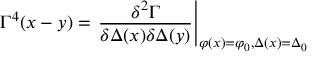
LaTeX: \Gamma ^ { 4 } ( x - y ) = \left. \frac { \delta ^ { 2 } \Gamma } { \delta \Delta ( x ) \delta \Delta ( y ) } \right| _ { \varphi ( x ) = \varphi _ { 0 } , \Delta ( x ) = \Delta _ { 0 } }